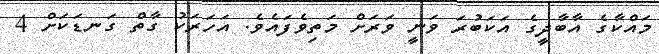
މައްކާގެ އާބާދީގެ އަކަބުރަ ވަނީ ވަރަށް މަތިވެފައެވެ. އަހަރަކު ގާތް ގަނޑަކަށް 4